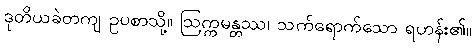
ဒုတိယခဲတကျ ဥပစာသို့။ ဩက္ကမန္တဿ၊ သက်ရောက်သော ရဟန်း၏။